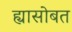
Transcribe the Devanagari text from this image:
ह्यासोबत